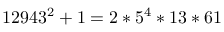
1 2 9 4 3 ^ { 2 } + 1 = 2 * 5 ^ { 4 } * 1 3 * 6 1